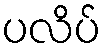
ပလိပ်